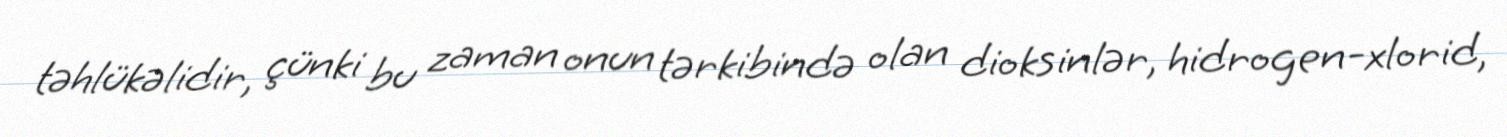
təhlükəlidir, çünki bu zaman onun tərkibində olan dioksinlər, hidrogen-xlorid,